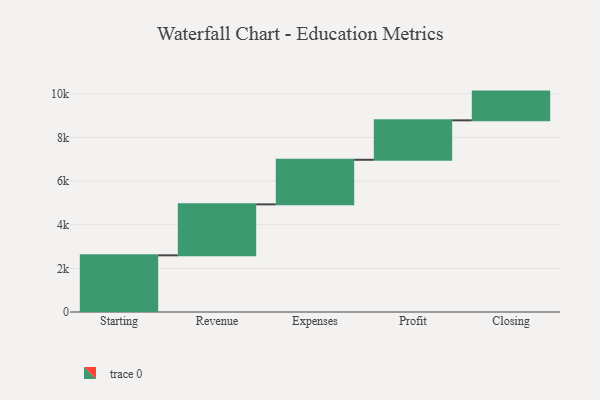
{"axis": {"x": "Step", "y": "Value"}, "legend": [""], "data": [{"x": "Starting", "y": 2597.0, "type": ""}, {"x": "Revenue", "y": 2335.0, "type": ""}, {"x": "Expenses", "y": 2044.0, "type": ""}, {"x": "Profit", "y": 1807.0, "type": ""}, {"x": "Closing", "y": 1317.0, "type": ""}]}